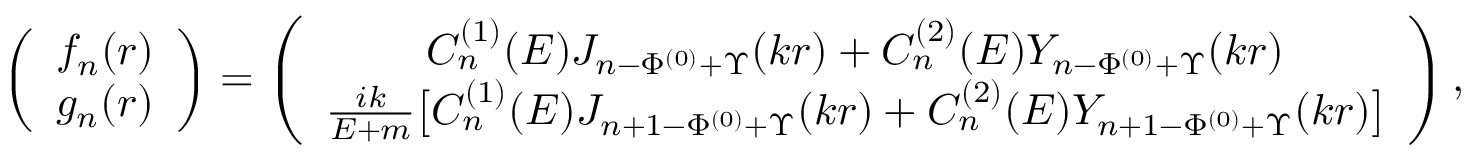
\left( \begin{array} { l } { { f _ { n } ( r ) } } \\ { { g _ { n } ( r ) } } \end{array} \right) = \left( \begin{array} { c } { { C _ { n } ^ { ( 1 ) } ( E ) J _ { n - \Phi ^ { ( 0 ) } + \Upsilon } ( k r ) + C _ { n } ^ { ( 2 ) } ( E ) Y _ { n - \Phi ^ { ( 0 ) } + \Upsilon } ( k r ) } } \\ { { { \frac { i k } { E + m } } \bigl [ C _ { n } ^ { ( 1 ) } ( E ) J _ { n + 1 - \Phi ^ { ( 0 ) } + \Upsilon } ( k r ) + C _ { n } ^ { ( 2 ) } ( E ) Y _ { n + 1 - \Phi ^ { ( 0 ) } + \Upsilon } ( k r ) \bigr ] } } \end{array} \right) ,